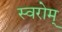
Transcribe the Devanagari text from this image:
स्वरोम्